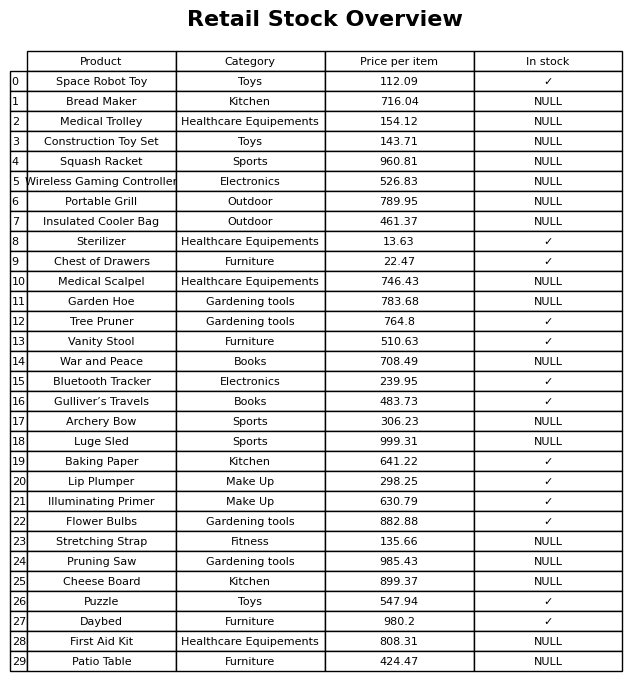
question: What is the price for Construction Toy Set?
answer: The price of Construction Toy Set is 143.71.